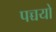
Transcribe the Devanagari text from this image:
पच्चयों